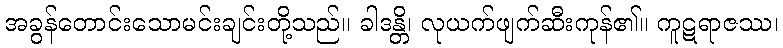
အခွန်တောင်းသောမင်းချင်းတို့သည်။ ခါဒန္တိ၊ လုယက်ဖျက်ဆီးကုန်၏။ ကူဋရာဇဿ၊